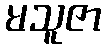
မသူဇာ